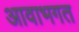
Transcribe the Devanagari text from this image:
आवाभगत